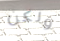
ولكن